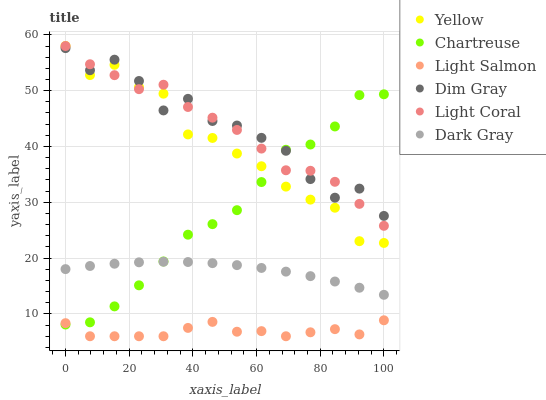
| xaxis_label | Yellow | Chartreuse | Light Salmon | Dim Gray | Light Coral | Dark Gray |
 | --- | --- | --- | --- | --- | --- | --- |
 | 0 | 58 | 8.1 | 8.35 | 57.6 | 58 | 18 |
 | 7.69 | 52.8 | 8.5 | 6 | 53.7 | 54.7 | 18.6 |
 | 15.4 | 54.6 | 11.4 | 6 | 55.6 | 52.8 | 19 |
 | 23.1 | 50.6 | 15.1 | 6 | 51.7 | 50.3 | 19.2 |
 | 30.8 | 49.5 | 19.4 | 6 | 46.5 | 51.1 | 19.4 |
 | 38.5 | 42.2 | 24.2 | 7.5 | 48.5 | 47.1 | 19.3 |
 | 46.2 | 41.5 | 26.1 | 8.57 | 44.6 | 45.2 | 19.1 |
 | 53.8 | 38.7 | 28.6 | 6.81 | 43.8 | 43 | 18.7 |
 | 61.5 | 36.5 | 33.6 | 6.92 | 41.5 | 39.6 | 18.2 |
 | 69.2 | 32.8 | 39.4 | 6 | 39.2 | 35.7 | 17.6 |
 | 76.9 | 30.5 | 40.4 | 6.71 | 34.2 | 35.6 | 16.8 |
 | 84.6 | 29 | 43.6 | 7.27 | 30.8 | 33.7 | 15.8 |
 | 92.3 | 23 | 49.2 | 6.33 | 32.5 | 29.7 | 14.7 |
 | 100 | 22.7 | 49.4 | 8.86 | 27.6 | 25.8 | 13.4 |